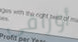
أوراقي